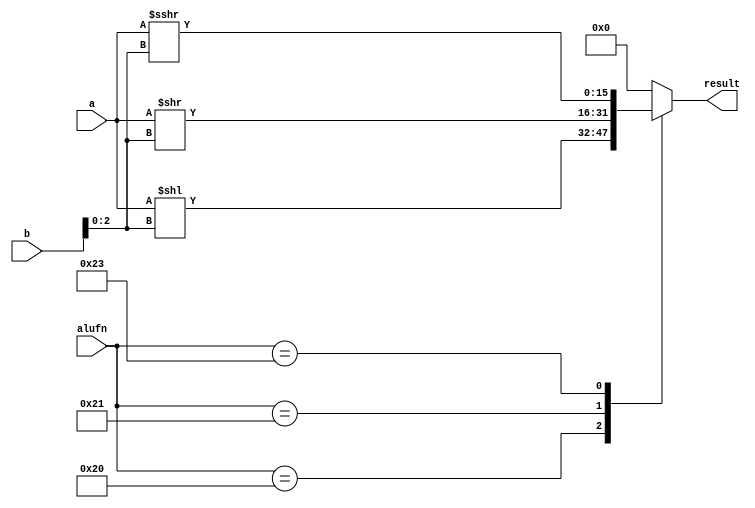
/*
   This file was generated automatically by the Mojo IDE version B1.3.6.
   Do not edit this file directly. Instead edit the original Lucid source.
   This is a temporary file and any changes made to it will be destroyed.
*/

module shiftModule_28 (
    input [15:0] a,
    input [15:0] b,
    input [5:0] alufn,
    output reg [15:0] result
  );
  
  
  
  always @* begin
    result = 1'h0;
    
    case (alufn)
      6'h20: begin
        result = a << b[0+2-:3];
      end
      6'h21: begin
        result = a >> b[0+2-:3];
      end
      6'h23: begin
        result = $signed(a) >>> b[0+2-:3];
      end
    endcase
  end
endmodule